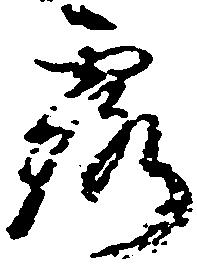
露